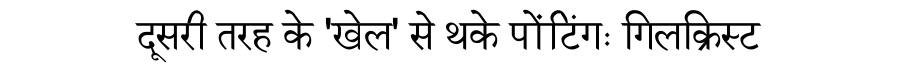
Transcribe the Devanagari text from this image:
दूसरी तरह के 'खेल' से थके पोंटिंगः गिलक्रिस्ट